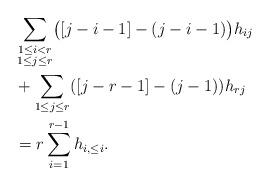
LaTeX: \begin{align*}&\sum_{\substack{ 1\le i < r \\ 1 \le j \le r}} \bigl([j-i-1] - (j-i-1)\bigr)h_{ij} \\ &+ \sum_{1 \le j \le r}([j-r-1] -(j-1))h_{rj}\\&= r\sum_{i=1}^{r-1}h_{i, \le i}.\end{align*}